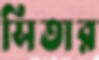
সিতার